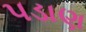
પડાણ